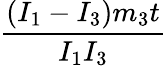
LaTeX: \frac{(I_{1}-I_{3})m_{3}t}{I_{1}I_{3}}